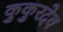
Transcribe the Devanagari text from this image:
कुकुरदेव